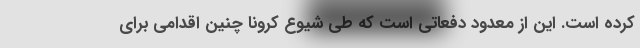
کرده است. این از معدود دفعاتی است که طی شیوع کرونا چنین اقدامی برای